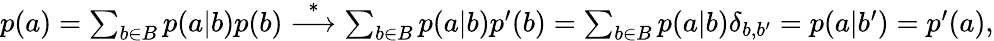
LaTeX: \begin{array}{r}{p(a)=\sum_{b\in B}p(a|b)p(b)\stackrel{*}{\longrightarrow}\sum_{b\in B}p(a|b)p^{\prime}(b)=\sum_{b\in B}p(a|b)\delta_{b,b^{\prime}}=p(a|b^{\prime})=p^{\prime}(a),}\end{array}